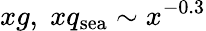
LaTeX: xg,\; xq_{\mathrm{sea}}\sim x^{-0.3}